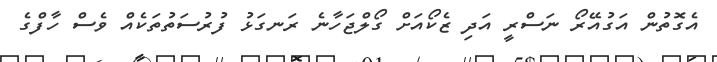
އެގޮތުން އަގުއޭރޯ ނަސްރީ އަދި ޒެކޯއަށް ގޯލްޖަހާނެ ރަނގަޅު ފުރުސަތުތަކެއް ވެސް ހާފްގެ